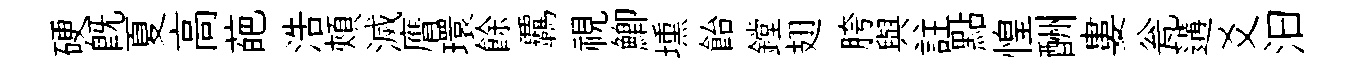
硬旣夏高葩浩頰滅膺環餘覊視鯽壎飴鏜翅胯與註點惶酬婁瓮遘爻汩